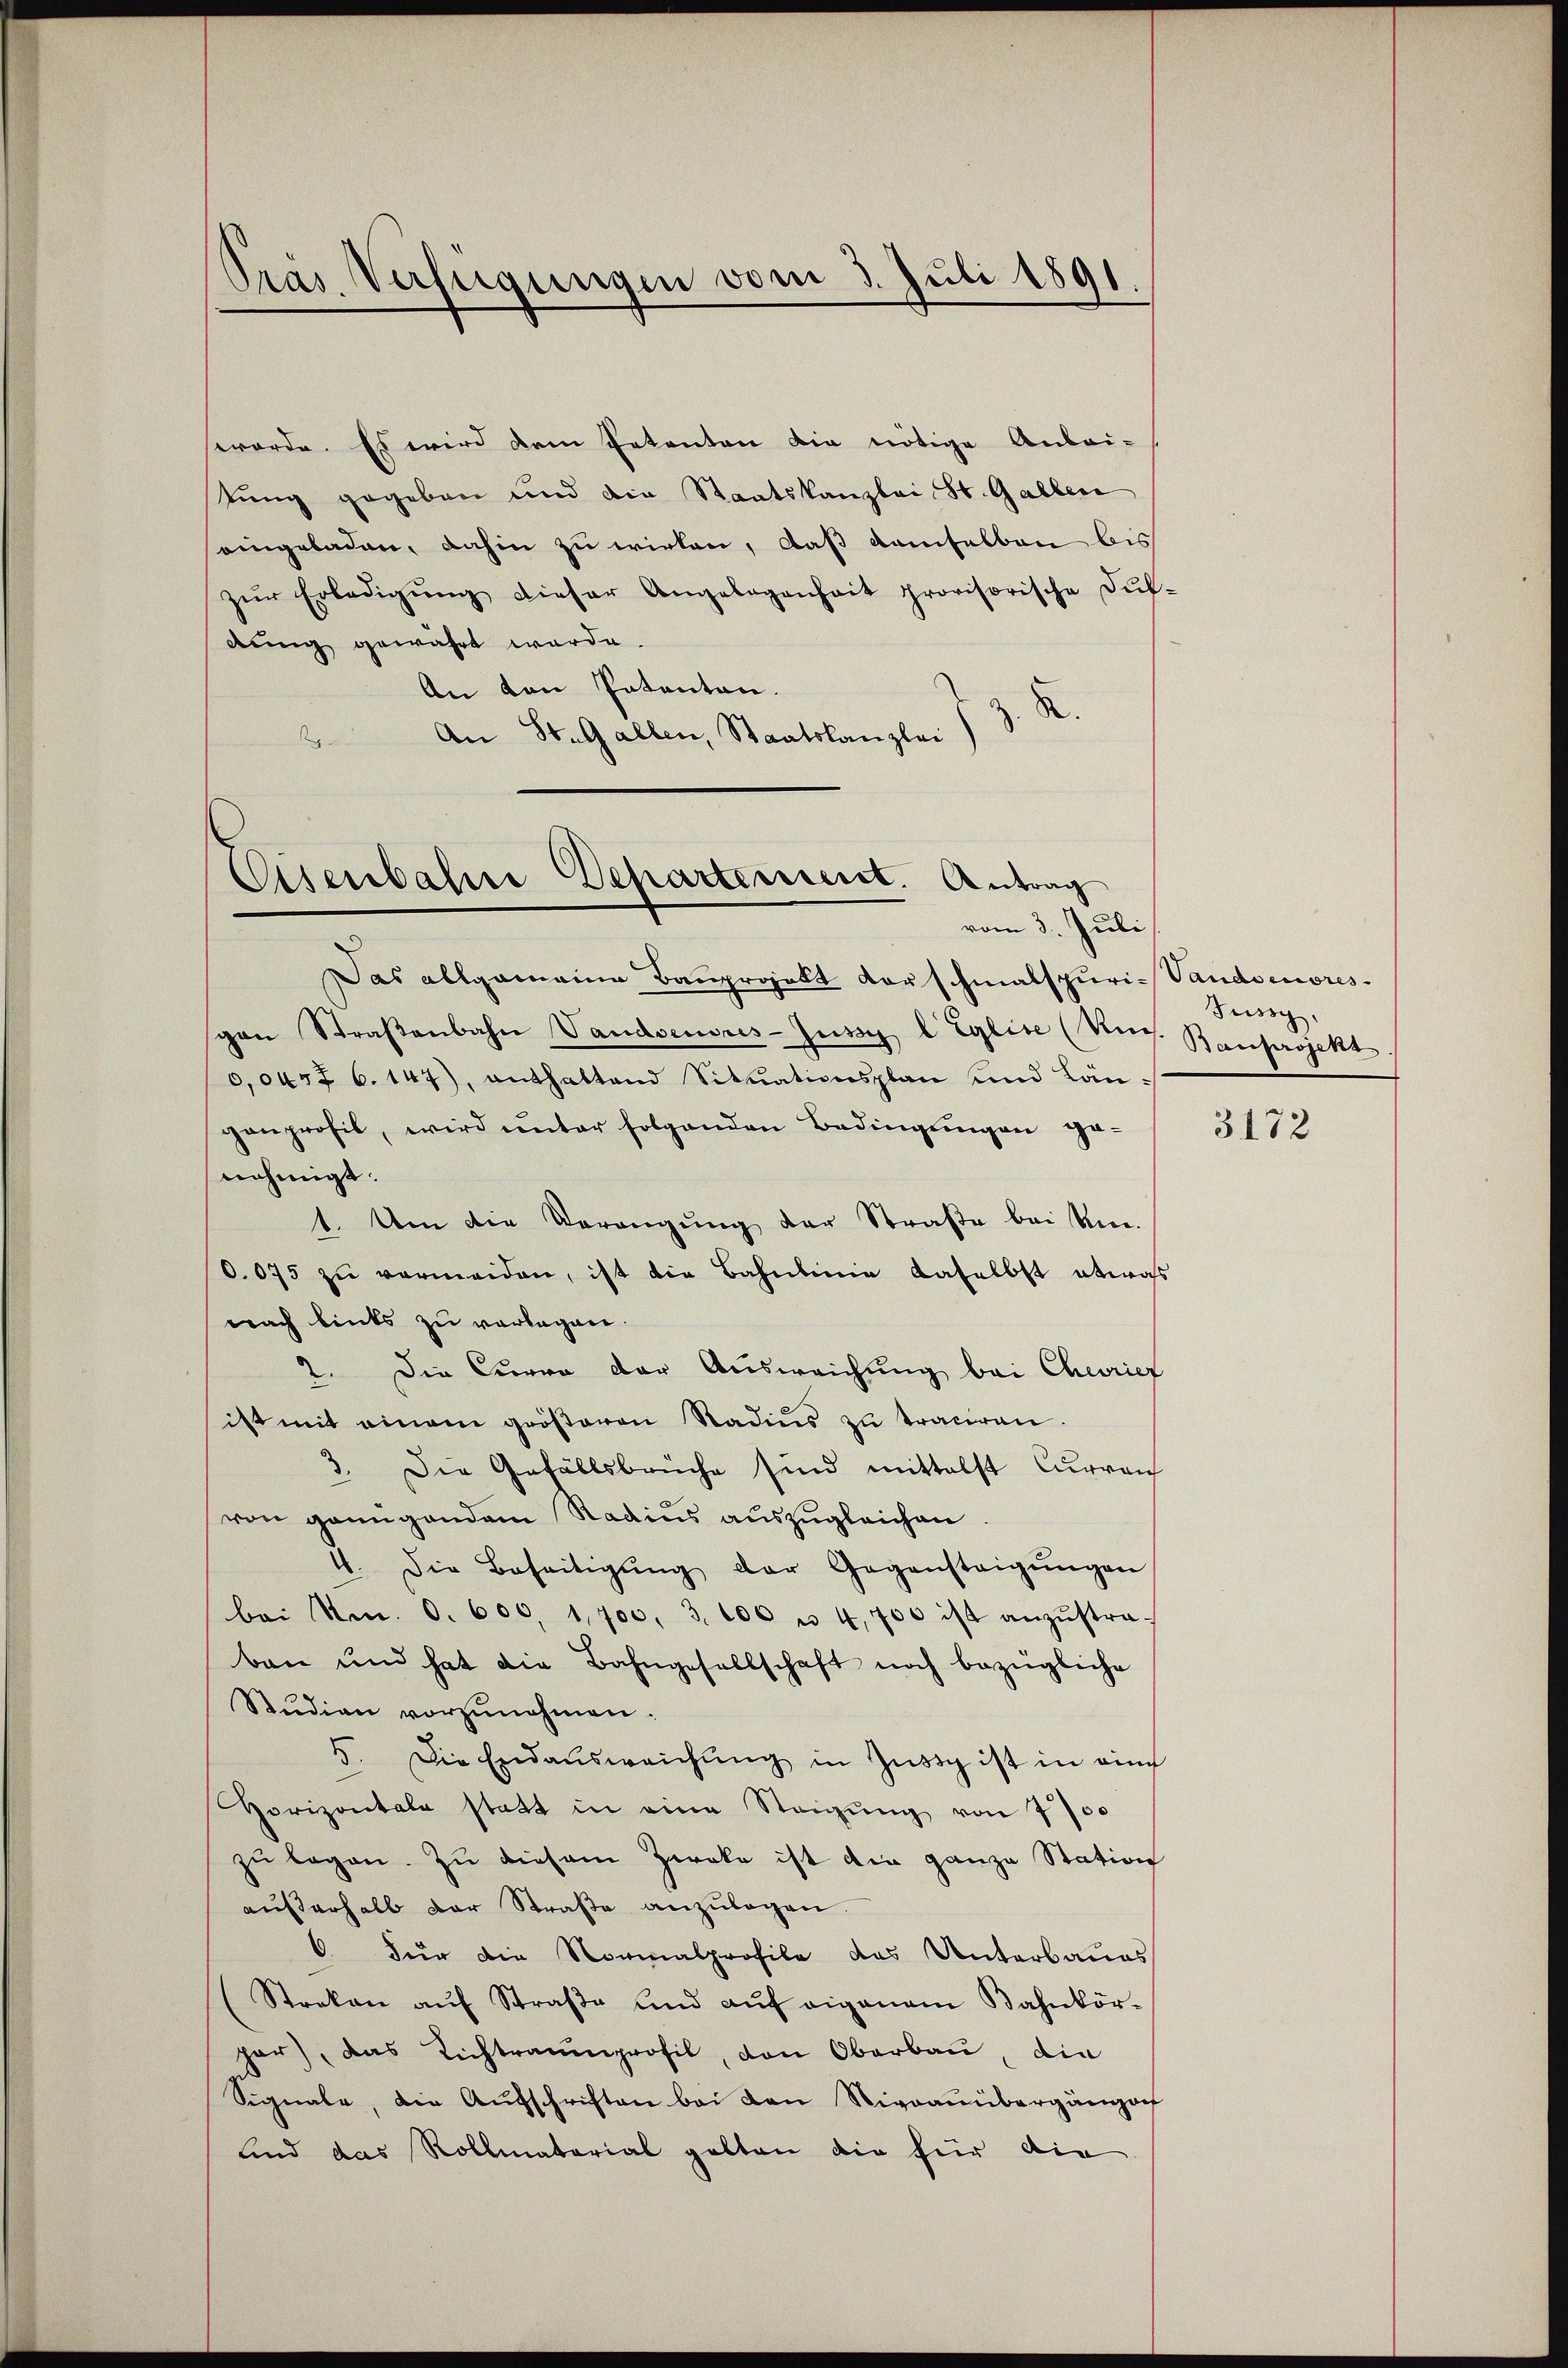
Pras Verfügungen vom 3. Juli 1891.

worde. Es wird dem Petenten die nötige Anlai-
tung gegeben und die Staatskanzlei St. Gallen
eingeladen, dahin zu wirken, daß demselben bis
zŭr Erledigŭng dieser Angelegenheit provisorische Dŭf-
dung gewährt werde.
An von Patenten.
.
An St. Gallen, Staatskanzlei

Eisenbahre Departement. Antrag
vom 3. Juli

Das allgemeine Bauprojekt vorschmalspuri-Vandsenores
pan Straβenbahn Vandoeuvres-Jüssy l Eglise (Un
0,0457 6. 147), enthaltend Situationsplan und Län-
ganprofil, wird unter folgenden Bedingungen genehmigt.
1. Um die Verangung der Straße bei Um¬
0.075 zu vermeiden, ist die Bahnlinie daselbst etwas
nach links zu verlagen.
2. Die Curra der Ausweichung bei Chevriez
ist mit einem größeren Stadius zu traciren.
3. Die Gefällsbrüche sind mittelst Curren
von genügendem Radius auszugleichen
4. Die Beseitigŭng der Gegensteigŭngen
bei Nm. 0. 600, 1,700, 3. 106 u 4,700 ist anzŭstra-
ban und hat die Bahngesellschaft noch bezügliche
Stŭdian vorzŭnehmen.
5. Die Endaŭsweichŭng in Zusig ist in ain
Horizontale statt in eine Steigung von 7700
zu legen. Zu diesem Zweke ist die ganze Station
aŭβerhalb der Straβe anzŭlagen.
6. Für die Normalprofile das Unterbaues
Streken aŭf Straβe und aŭf eigenem Bahnkör-
par), das Lichtraumprofil, den Oberbau, die
Signale, die Aŭfschriften bei den Niveaŭübergamoc
und das Rollmatorial gelten die für die

Jussy,
Bauprojekt

3172